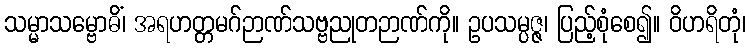
သမ္မာသမ္ဗောဓိံ၊ အရဟတ္တမဂ်ဉာဏ်သဗ္ဗညုတဉာဏ်ကို။ ဥပသမ္ပဇ္ဇ၊ ပြည့်စုံစေ၍။ ဝိဟရိတုံ၊